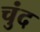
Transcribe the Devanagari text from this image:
चुंद